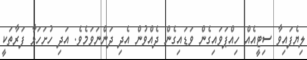
ލިޔެފައިވާ ސިޓީއެއް ހިއްޕަވައިގެން ވަޑައިގެން ދެއްވުން އެދި ދަންނަވަމެވެ. އަދި ހުށަހަޅާ ފަރާތަކީ